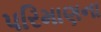
પરિમાણના